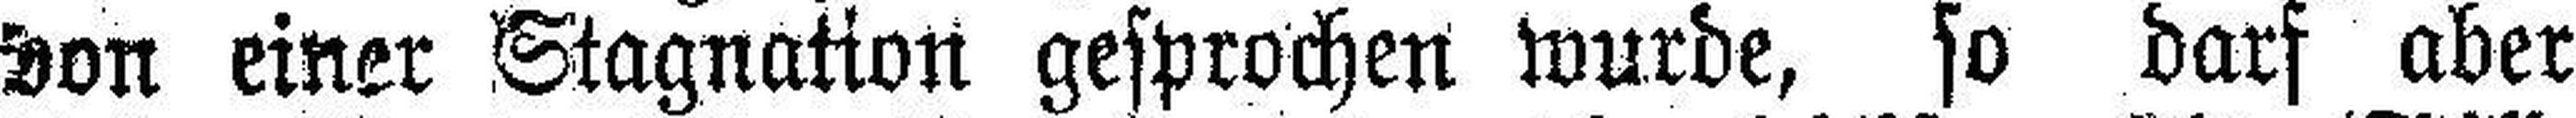
von einer Stagnation gesprochen wurde, so darf aber